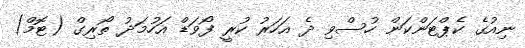
ނިއުގެ ކެޕްޓަންކަން ހުސްވި ދެ އަހަރު ކުރީ ފޯވަޑް އަހުމަދު ތޯރިގް (ޓޮމް)